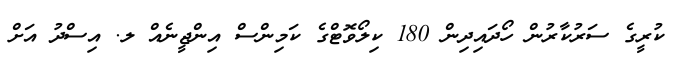
ކުރީގެ ސަރުކާރުން ހޯދައިދިން 180 ކިލޯވޮޓްގެ ކަމިންސް އިންޖީނެއް ލ. އިސްދު އަށް